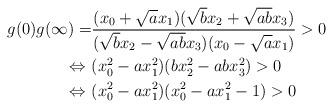
LaTeX: \begin{align*} g(0)g(\infty)=&\frac{(x_0+\sqrt{a}x_1)(\sqrt{b}x_2+\sqrt{ab}x_3)}{(\sqrt{b}x_2-\sqrt{ab}x_3)(x_0-\sqrt{a}x_1)}>0\\ \Leftrightarrow\ &(x_0^2-ax_1^2)(bx_2^2-abx_3^2)>0\\ \Leftrightarrow\ &(x_0^2-ax_1^2)(x_0^2-ax_1^2-1)>0\end{align*}